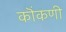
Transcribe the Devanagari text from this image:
कॊंकणी